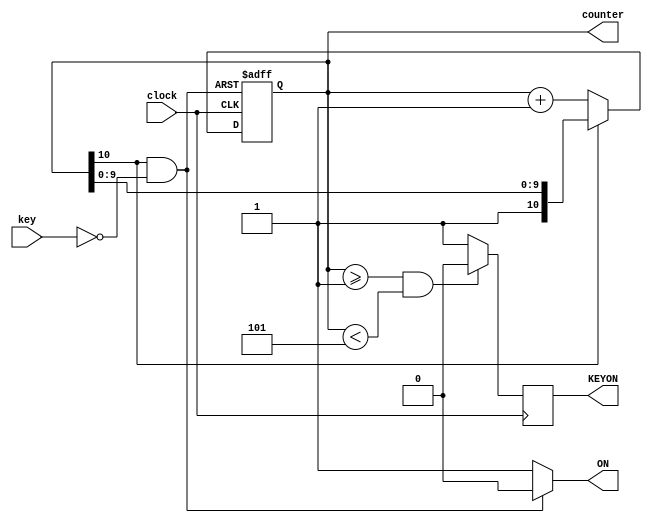
// --------------------------------------------------------------------
// Copyright (c) 2005 by Terasic Technologies Inc. 
// --------------------------------------------------------------------
//
// Permission:
//
//   Terasic grants permission to use and modify this code for use
//   in synthesis for all Terasic Development Boards and Altrea Development 
//   Kits made by Terasic.  Other use of this code, including the selling 
//   ,duplication, or modification of any portion is strictly prohibited.
//
// Disclaimer:
//
//   This VHDL or Verilog source code is intended as a design reference
//   which illustrates how these types of functions can be implemented.
//   It is the user's responsibility to verify their design for
//   consistency and functionality through the use of formal
//   verification methods.  Terasic provides no warranty regarding the use 
//   or functionality of this code.
//
// --------------------------------------------------------------------
//           
//                     Terasic Technologies Inc
//                     356 Fu-Shin E. Rd Sec. 1. JhuBei City,
//                     HsinChu County, Taiwan
//                     302
//
//                     web: http://www.terasic.com/
//
// --------------------------------------------------------------------
//
// Major Functions:KEY triggle
//
// --------------------------------------------------------------------
//
// Revision History :
// --------------------------------------------------------------------
//   Ver  :| Author            :| Mod. Date :| Changes Made:
//   V1.0 :| Joe Yang          :| 05/07/10  :|      Initial Revision
// --------------------------------------------------------------------



`define  OUT_BIT  10

module keytr (
	key,
	ON,
	clock,
    KEYON,
    counter
	
	);
input	 key;
output	ON;
output  KEYON;
input	clock;
output [10:0]counter;


reg [10:0]counter;

reg  KEYON;
wire ON=((counter[`OUT_BIT]==1) && (key==0))?0:1; 

always @(negedge ON or posedge clock) begin
if (!ON)
	counter=0; 
	else	if (counter[`OUT_BIT]==0)
	counter=counter+1;	
end

always @(posedge clock) begin
if  ((counter>=1) && (counter <5))
	KEYON=0;
	else	
		KEYON=1;
end
	

endmodule